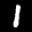
Digit: 1